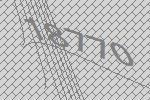
18770